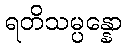
ရတိသမ္ပန္နော